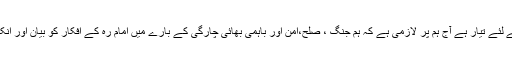
دنیا آج ہر دور سے زیادہ اسلام کے حقیقی افکار کی پیاسی ہے اور انکو قبول کرنے کے لئے تیار ہے آج ہم پر لازمی ہے کہ ہم جنگ ، صلح،امن اور باہمی بھائی چارگی کے بارے میں امام رہ کے افکار کو بیان اور انکی تشہیر کریں اور دنیا میں اسلام کے خلاف تیزی سے بڑھنے والی لہر کا مقابلہ کریں۔